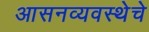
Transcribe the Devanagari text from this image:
आसनव्यवस्थेचे